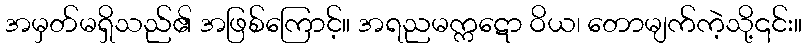
အမှတ်မရှိသည်၏ အဖြစ်ကြောင့်။ အရညမက္ကဋော ဝိယ၊ တောမျက်ကဲ့သို့၎င်း။